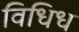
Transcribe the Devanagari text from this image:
विधिध